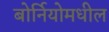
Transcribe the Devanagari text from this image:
बोर्नियोमधील